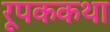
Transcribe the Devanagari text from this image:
रूपककथा